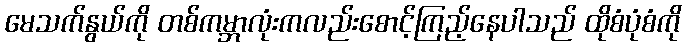
မေသက်နွယ်ကို တစ်ကမ္ဘာလုံးကလည်းစောင့်ကြည့်နေပါသည် ထိုစံပုံစံကို